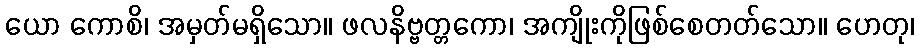
ယော ကောစိ၊ အမှတ်မရှိသော။ ဖလနိဗ္ဗတ္တကော၊ အကျိုးကိုဖြစ်စေတတ်သော။ ဟေတု၊